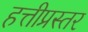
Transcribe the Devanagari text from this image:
हत्तीप्रस्तर